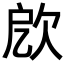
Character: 𣢛